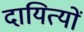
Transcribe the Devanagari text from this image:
दायित्यों